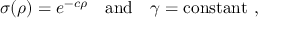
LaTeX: \sigma ( \rho ) = e ^ { - c \rho } \quad \mathrm { a n d } \quad \gamma = \mathrm { c o n s t a n t } ~ ,